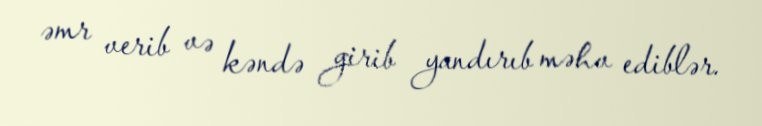
əmr verib və kəndə girib yandırıb məhv ediblər.